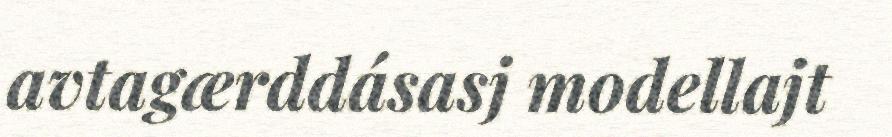
avtagærddásasj modellajt